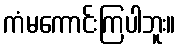
ကံမကောင်းကြပါဘူး။